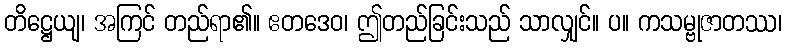
တိဋ္ဌေယျ၊ အကြင် တည်ရာ၏။ ဧတဒေဝ၊ ဤတည်ခြင်းသည် သာလျှင်။ ပ။ ကသမ္ဗုဇာတဿ၊